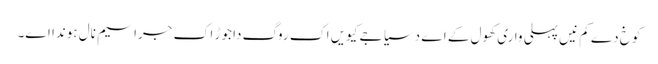
کوخ دے کم نیں پہلی واری کھول کے اے دسیا جے کیویں اک روگ دا جوڑ اک جراسیم نال ہوندا اے۔